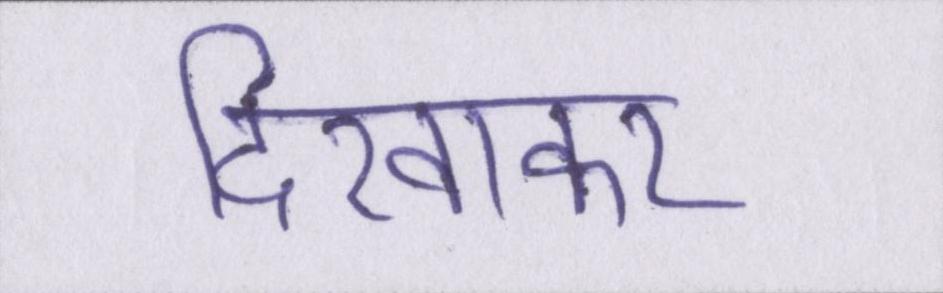
दिखाकर